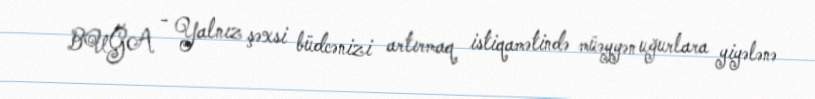
BUĞA - Yalnız şəxsi büdcənizi artırmaq istiqamətində müəyyən uğurlara yiyələnə